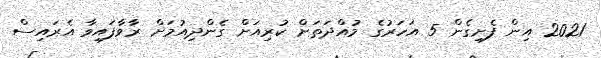
2021 އިން ފެށިގެން 5 އަހަރުގެ މުއްދަތަށް ކުރިއަށް ގެންދިއުމަށް ރާވާފައިވާ އެރައިސް